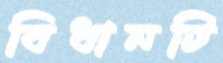
বিধানটি